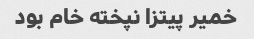
خمیر پیتزا نپخته خام بود